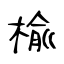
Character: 楡